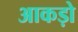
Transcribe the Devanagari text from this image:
आकड़ो